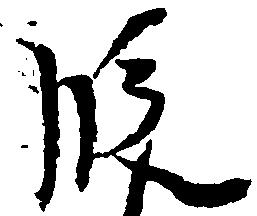
段